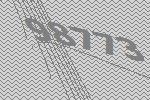
98773